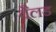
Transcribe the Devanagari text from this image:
वैलड